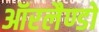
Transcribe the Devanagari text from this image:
ऑरलैण्डो